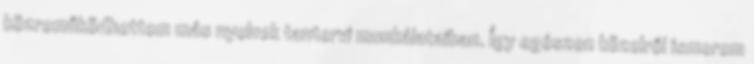
közreműködhettem más nyelvek tantervi munkálataiban. Így egészen közelről ismerem